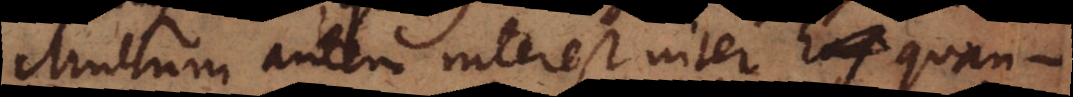
Multum autem interest inter _ quan